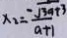
x _ { 2 } = \frac { - \sqrt { 3 a + 3 } } { a + 1 }